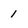
Character: 1